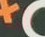
آلت